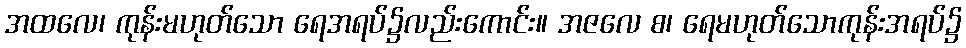
အထလေ၊ ကုန်းမဟုတ်သော ရေအရပ်၌လည်းကောင်း။ အဇလေ စ၊ ရေမဟုတ်သောကုန်းအရပ်၌